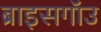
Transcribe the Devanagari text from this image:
ब्राइसगॉउ